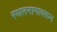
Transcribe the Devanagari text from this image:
स्थलनामावरून